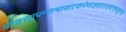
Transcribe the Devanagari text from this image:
प्रोढसापन्तभावात्करेणाहतास्तवत्तरङ्गा